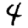
Digit: 4